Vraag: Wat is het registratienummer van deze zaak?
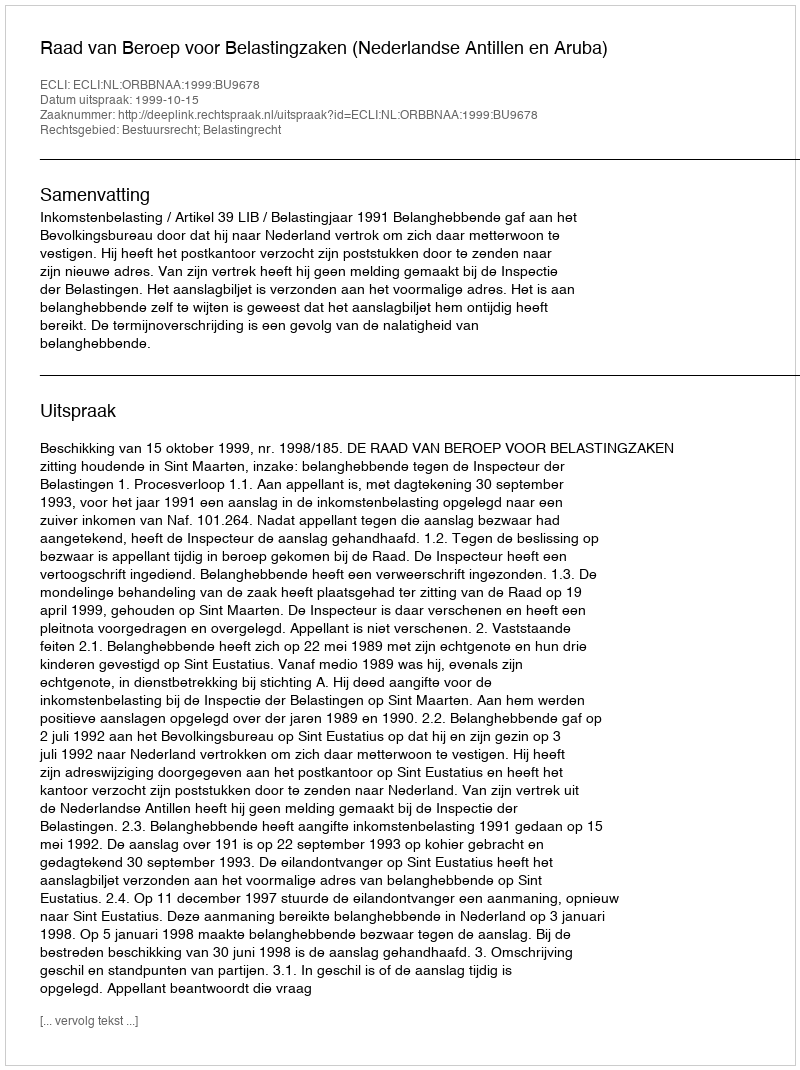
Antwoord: http://deeplink.rechtspraak.nl/uitspraak?id=ECLI:NL:ORBBNAA:1999:BU9678